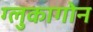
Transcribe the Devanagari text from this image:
ग्लुकागोन